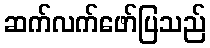
ဆက်လက်ဖော်ပြသည်